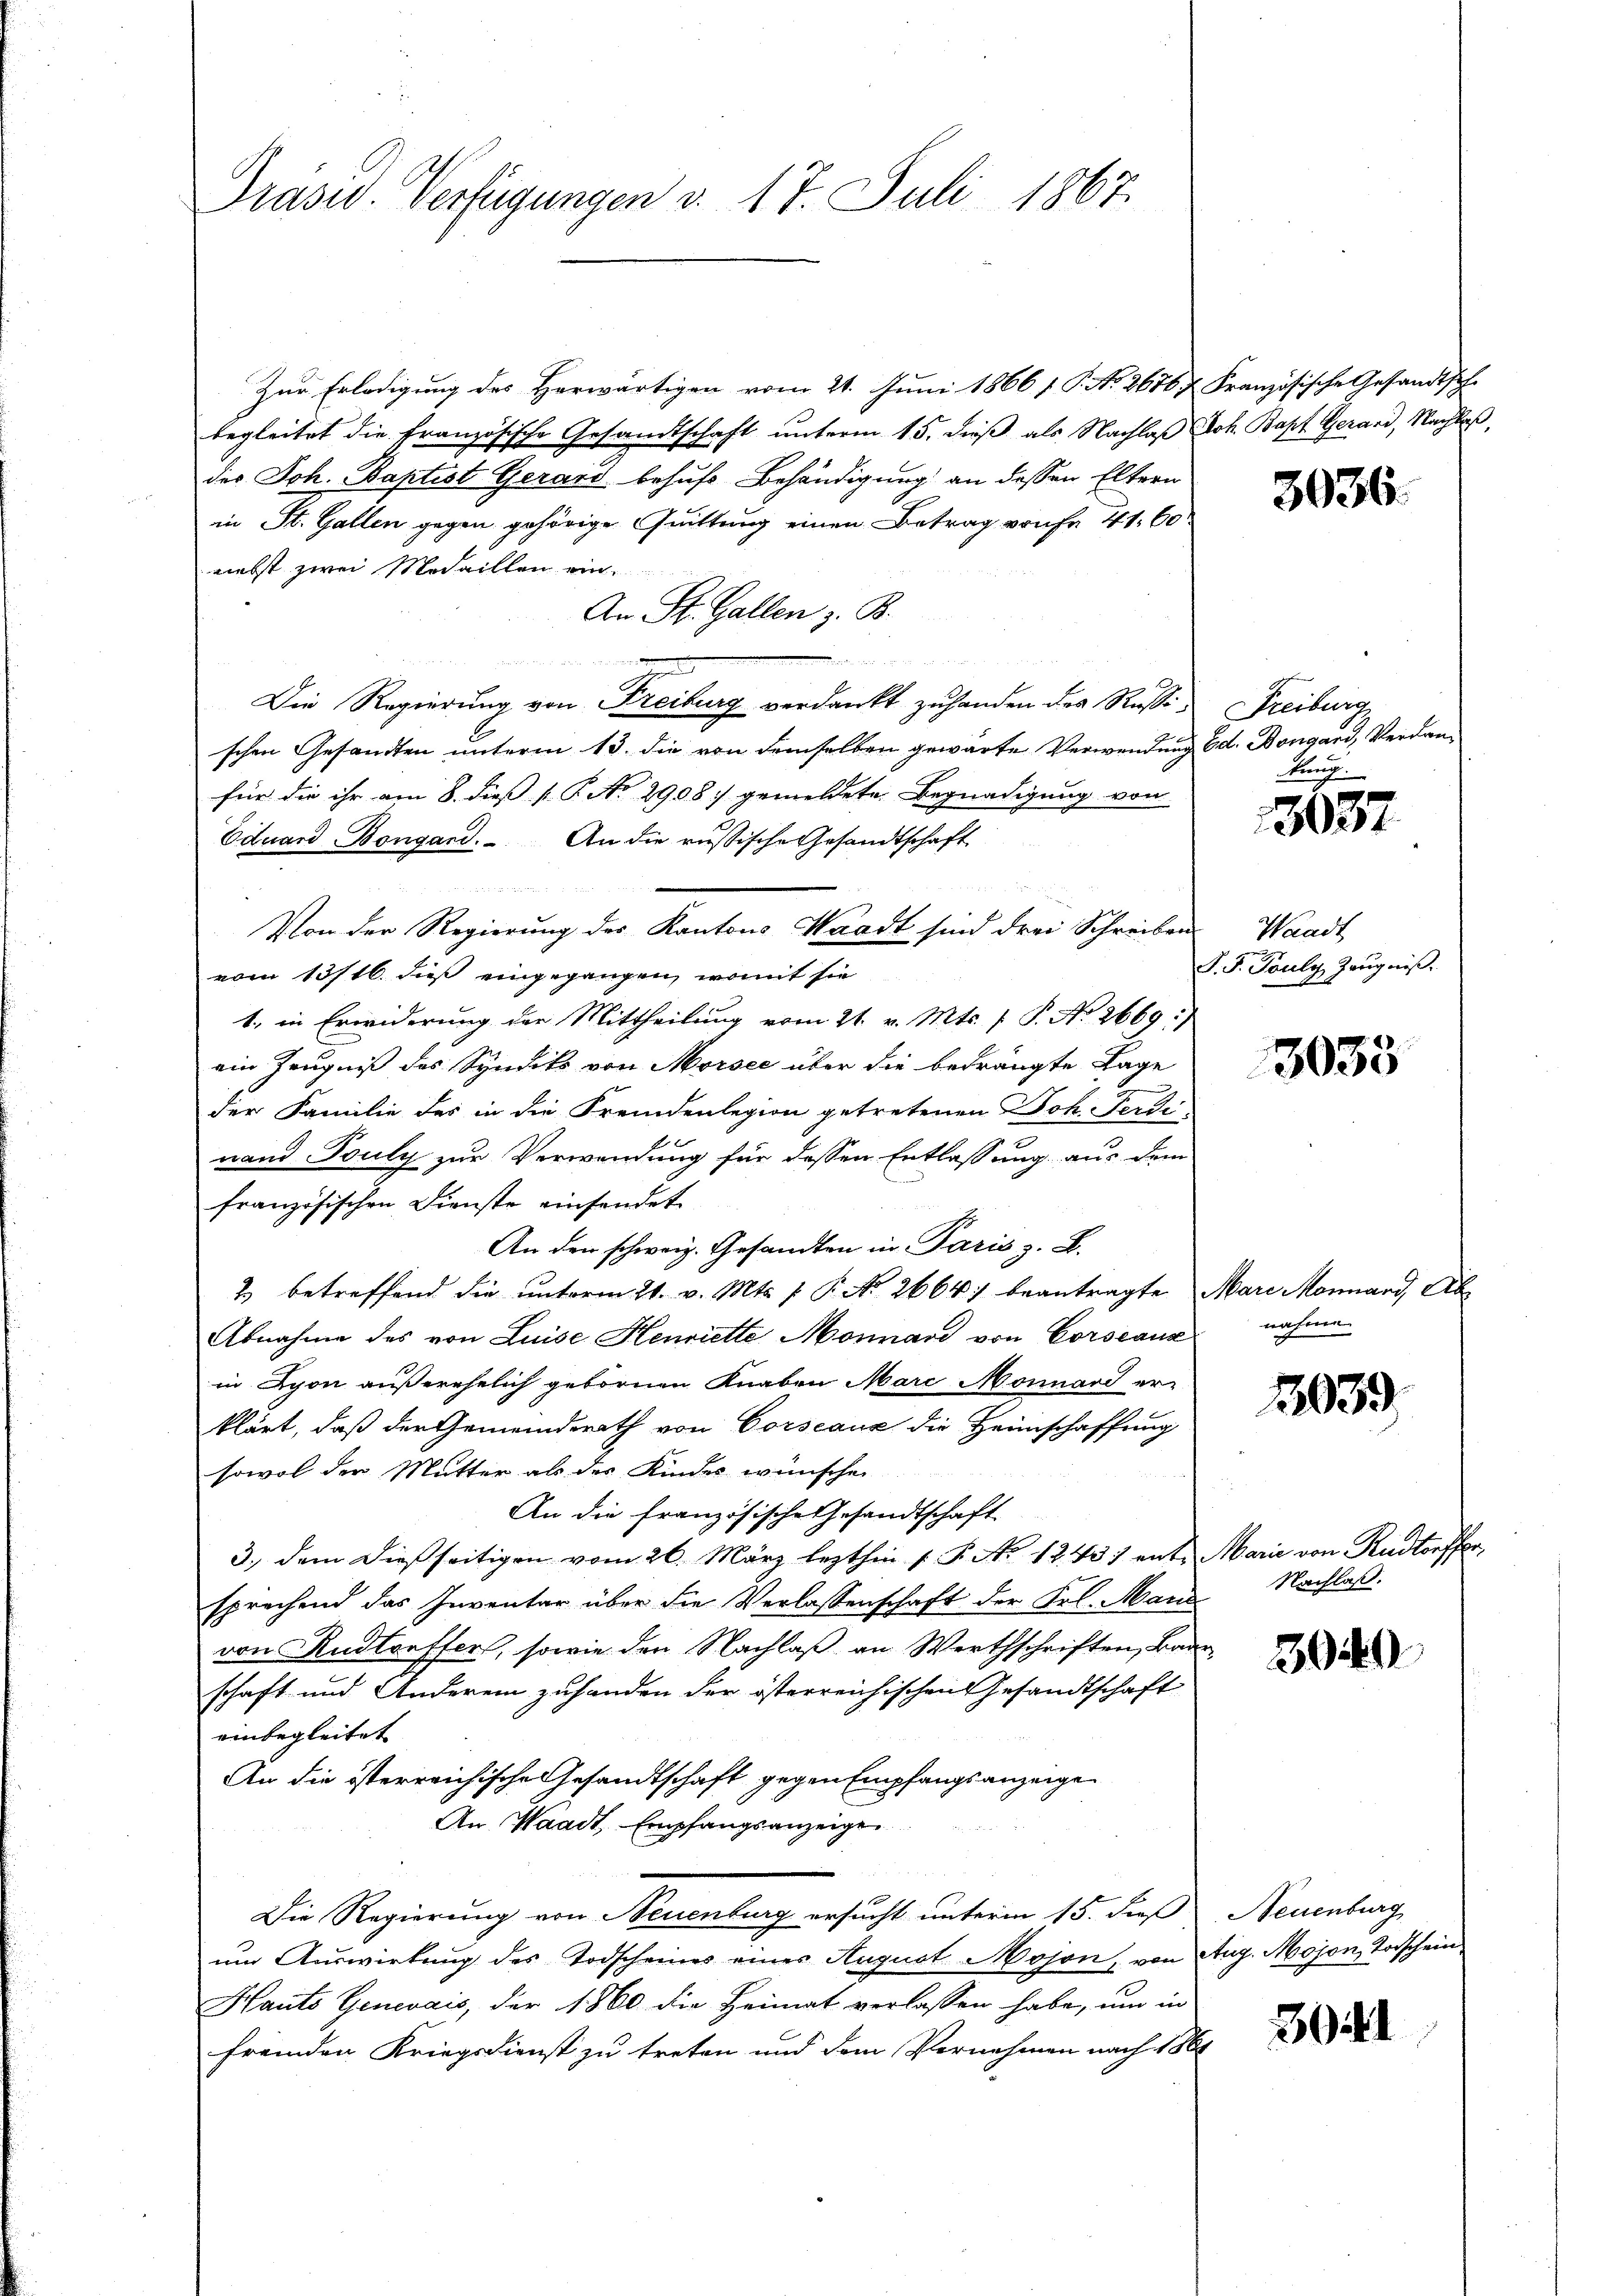
Präses Verfügungen v. 17. Juli 1867.

Zur Erledigung des Herwärtigen vom 21. Juni 1866 / P. No. 2676 f. Französische Gesandtsche
begleitet die Französische Gesandtschaft unterm 15. dieß als Nachlaß Joh. Bapt. Gerard, Nachlaß,
des Joh. Baptist Gerard behufs Behändigung an dessen Eltern
in St. Gallen gegen gehörige Quittung einen Betrag von fr 41. 60
niebst zwei Medaillen ein
An St. Gallen z. B.

d
Die Regierung von Freiburg verdankt zu handen des Russi Freiburg
schen Gesandten unterm 13. die von demselben gewarte Verwendung
für die ihr am 8. dies P. No 2908. gemeldete Begnadigung von
Eduard Bongard. An die russische Gesandtschaft
Von der Regierung des Kantons Waadt sind drei Schreiben
vom 13/16. dieß eingegangen, womit sie
1., in Erwiderung der Mittheilung vom 21. v. Mts. 1 P. No 2669:
ein Zeugniß des Syndike von Morsee über die bedrängte Lage
6
der Familie des in die Fremdenlegion getretenen Joh. Ferdi
nand Touly zur Verwendung für dessen Entlassung aus dem
französischen Dienste einsendet
An den schweiz. Gesandten in Paris z. B.
2) betreffend die unterm 21. v. Mts. f. P. No 2664) beantragte
Abnahme des von Luise Henriette Monnand von Corseaux
in Lyon außerehelich gebornen Knaben Marc Monnard er-
klärt, daß der Gemeinderath von Corseaux die Heimschaffung
sowol der Mutter als des Kindes wünschen
An die französische Gesandtschaft
3. dem dießseitigen vom 26. März lezthin 1. P. No 12431 entsprechend das Inventar über die Verlassenschaft der Frl. Mari
von Rudtoeffer, sowie den Nachlaß an Werthschriften, Ban
schaft und Anderem zufanden der österreichischen Gesandtschaft
einbegleitet
An die österreichische Gesandtschaft gegen Empfangsanzeige
An Waadt, Empfangsanzeige
Die Regierung von Neuenburg ersucht unterm 15. dieß
um Auswirkung des Todscheines einer August Moson, von
Hauts Genevais, der 1860 die Heimat verlassen habe, um in
fremden Kriegsdienst zu treten und dem Vernehmen nach 18

3036.

Ed. Dengard, Verdankung.

3037

Waadt
P. F. Pauls Zeugniß.

3035

Mare Monnand, Ab
nahme
c

1939

Marie von Rudtoffer,
Nachlaß.

304

Neuenburg
Aug. Mojon, Vorschein

3041